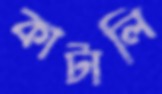
কাটালি